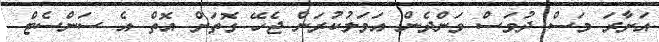
އަށާރަ މަސް ދުވަސް ވަންދެން އަމަލުކުރަން ޖެހޭ ގޮތަށް އޮތް އެ ސަންސެޓް